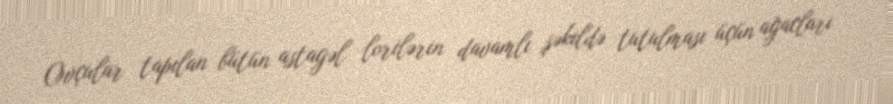
Ovçular tapılan bütün astagəl lorilərin davamlı şəkildə tutulması üçün ağacları